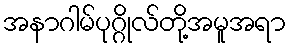
အနာဂါမ်ပုဂ္ဂိုလ်တို့အမူအရာ